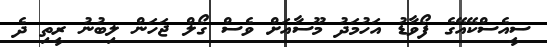
ސީއެސްކޭއޭގެ ފޯވާޑު އަހުމަދު މޫސާއަށް ވެސް ގޯލް ޖަހަން ލިބުނު ރީތި ދެ